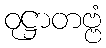
ဝုဋ္ဌာတဗ္ဗံ